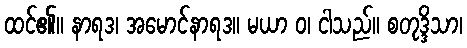
ထင်၏။ နာရဒ၊ အမောင်နာရဒ။ မယာ ဝ၊ ငါသည်။ စတုဒ္ဒိသာ၊